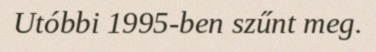
Utóbbi 1995-ben szűnt meg.